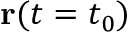
\mathbf { r } ( t = t _ { 0 } )